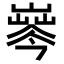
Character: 𡼘